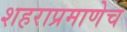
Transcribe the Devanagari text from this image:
शहराप्रमाणेच